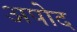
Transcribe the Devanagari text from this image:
अपोद